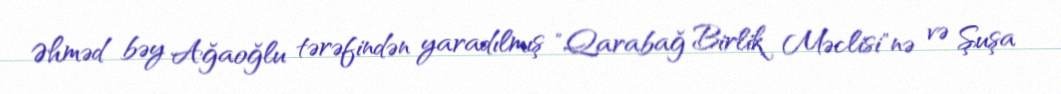
Əhməd bəy Ağaoğlu tərəfindən yaradılmış "Qarabağ Birlik Məclisi"nə və Şuşa